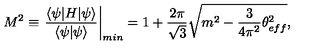
M ^ { 2 } \equiv \left. \frac { \langle \psi | H | \psi \rangle } { \langle \psi | \psi \rangle } \right| _ { m i n } = 1 + \frac { 2 \pi } { \sqrt { 3 } } \sqrt { m ^ { 2 } - \frac { 3 } { 4 \pi ^ { 2 } } \theta _ { e f f } ^ { 2 } } ,